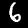
Digit: 6